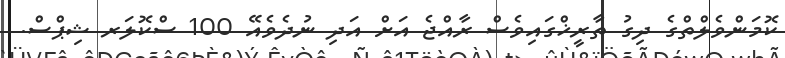
ކޮމަންވެލްތްގެ ދިގު ތާރީޚްގައިވެސް ރާއްޖެ އަށް އަދި ނުދެވެއޭ 100 ސްކޮލަރ ޝިޕްސް.